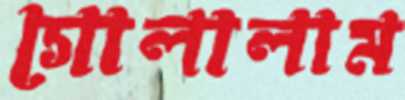
গোলালাম